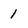
Character: 1